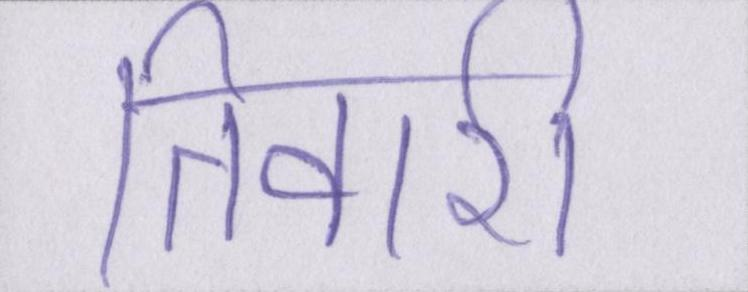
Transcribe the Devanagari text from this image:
तिवारी